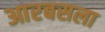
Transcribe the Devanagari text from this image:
आरबसला